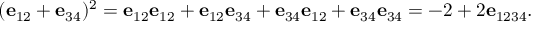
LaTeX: ( \mathbf { e } _ { 1 2 } + \mathbf { e } _ { 3 4 } ) ^ { 2 } = \mathbf { e } _ { 1 2 } \mathbf { e } _ { 1 2 } + \mathbf { e } _ { 1 2 } \mathbf { e } _ { 3 4 } + \mathbf { e } _ { 3 4 } \mathbf { e } _ { 1 2 } + \mathbf { e } _ { 3 4 } \mathbf { e } _ { 3 4 } = - 2 + 2 \mathbf { e } _ { 1 2 3 4 } .